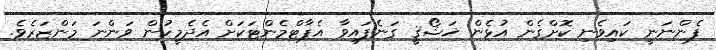
ފެންނަނީ ކައިވެނި ކޮށްގެން އުޅެން ޚަޝޯޤީ ގަނެފައިވާ އެޕާޓްމެންޓަކަށް އެދެމީހުން ވަންނަ މަންޒަރެވެ.